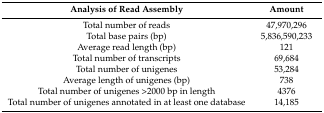
<table><thead><tr><td><b>Analysis of Read Assembly</b></td><td><b>Amount</b></td></tr></thead><tbody><tr><td>Total number of reads</td><td>47,970,296</td></tr><tr><td>Total base pairs (bp)</td><td>5,836,590,233</td></tr><tr><td>Average read length (bp)</td><td>121</td></tr><tr><td>Total number of transcripts</td><td>69,684</td></tr><tr><td>Total number of unigenes</td><td>53,284</td></tr><tr><td>Average length of unigenes (bp)</td><td>738</td></tr><tr><td>Total number of unigenes &gt;2000 bp in length</td><td>4376</td></tr><tr><td>Total number of unigenes annotated in at least one database</td><td>14,185</td></tr></tbody></table>